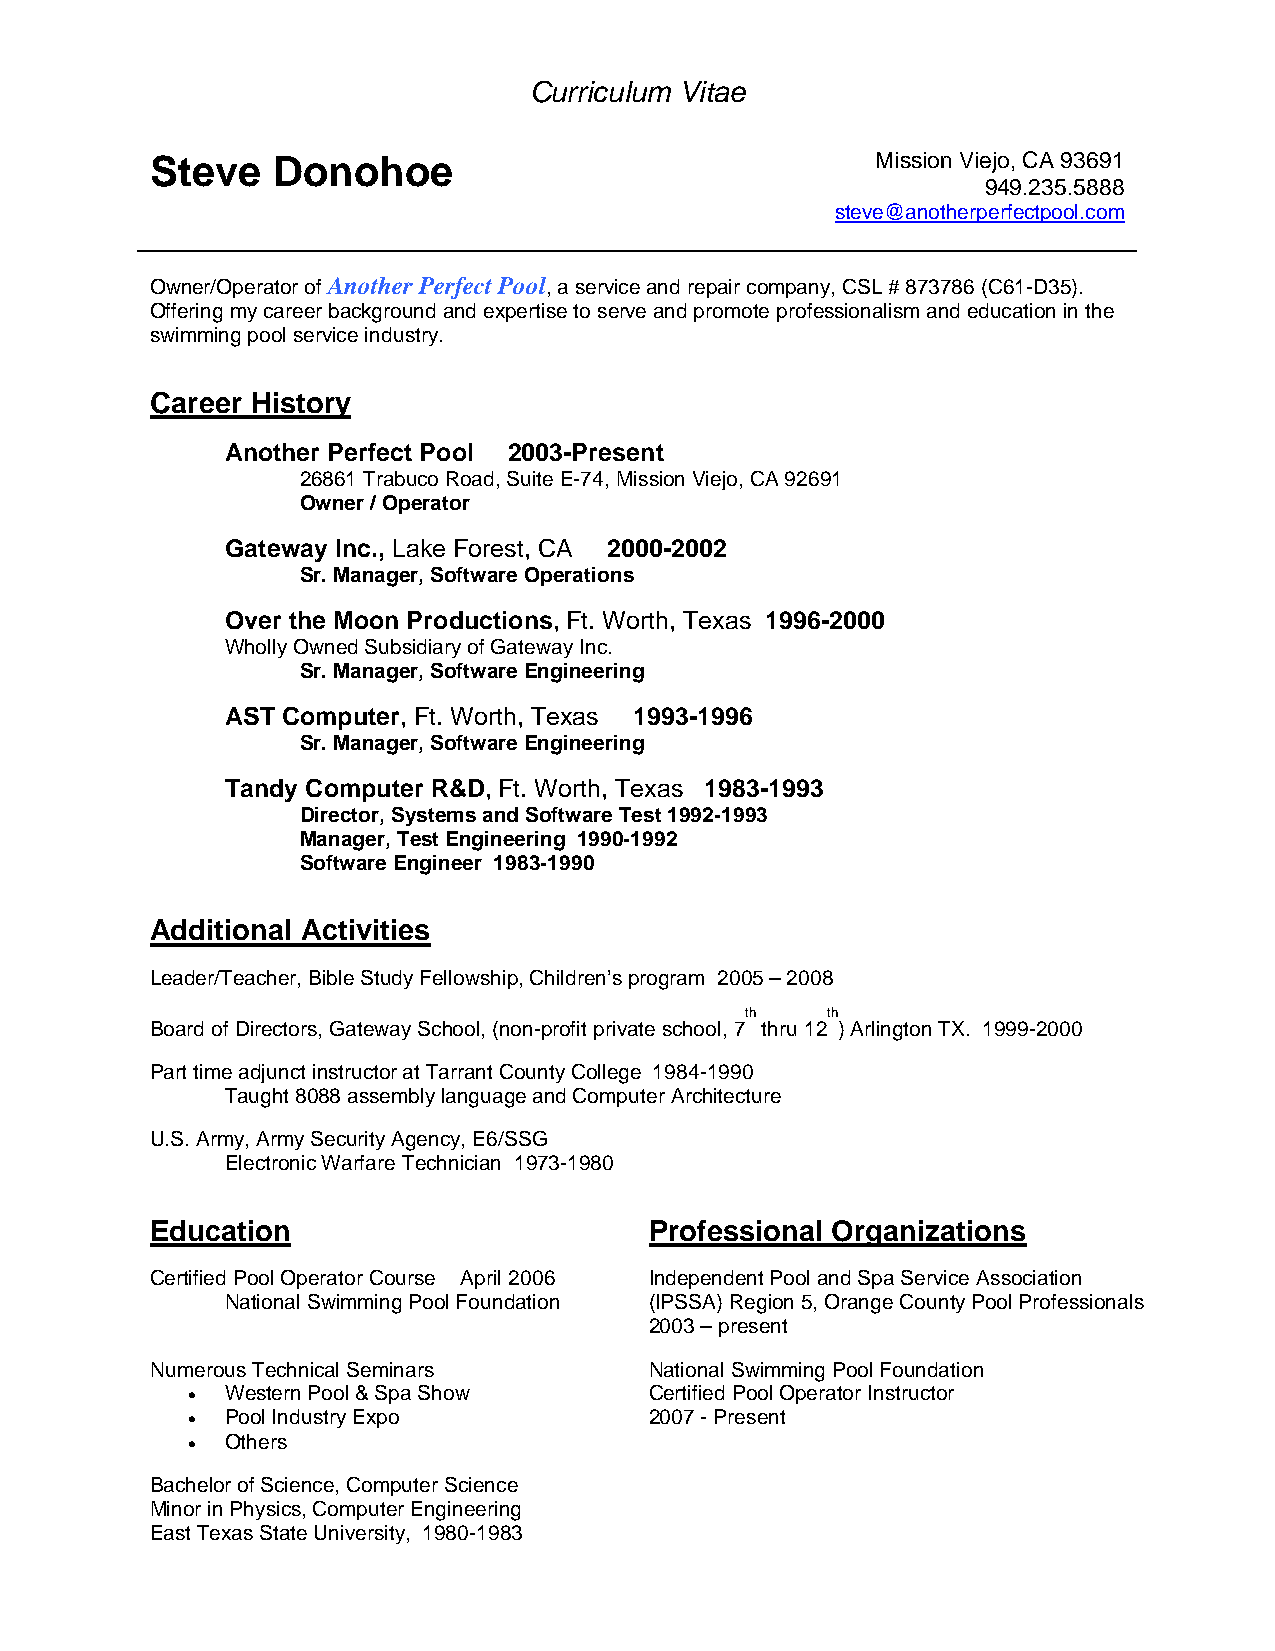
Curriculum Vitae
 Steve   Donohoe                                 Mission Viejo, CA 93691
 949.235.5888
 steve@anotherperfectpool.com
 Owner/Operator of Another Perfect Pool, a service and repair company, CSL # 873786 (C61-D35).
 Offering my career background and expertise to serve and promote professionalism and education in the
 swimming pool service industry.
 Career History
 Another Perfect Pool 2003-Present
 26861 Trabuco Road, Suite E-74, Mission Viejo, CA 92691
 Owner / Operator
 Gateway Inc., Lake Forest, CA 2000-2002
 Sr. Manager, Software Operations
 Over the Moon Productions, Ft. Worth, Texas 1996-2000
 Wholly Owned Subsidiary of Gateway Inc.
 Sr. Manager, Software Engineering
 AST Computer, Ft. Worth, Texas 1993-1996
 Sr. Manager, Software Engineering
 Tandy Computer R&D, Ft. Worth, Texas 1983-1993
 Director, Systems and Software Test 1992-1993
 Manager, Test Engineering 1990-1992
 Software Engineer 1983-1990
 Additional Activities
 Leader/Teacher, Bible Study Fellowship, Children’s program 2005 – 2008
 th    th
 Board of Directors, Gateway School, (non-profit private school, 7 thru 12 ) Arlington TX. 1999-2000
 Part time adjunct instructor at Tarrant County College 1984-1990
 Taught 8088 assembly language and Computer Architecture
 U.S. Army, Army Security Agency, E6/SSG
 Electronic Warfare Technician 1973-1980
 Education                        Professional Organizations
 Certified Pool Operator Course April 2006 Independent Pool and Spa Service Association
 National Swimming Pool Foundation (IPSSA) Region 5, Orange County Pool Professionals
 2003 – present
 Numerous Technical Seminars      National Swimming Pool Foundation
 •  Western Pool & Spa Show     Certified Pool Operator Instructor
 •  Pool Industry Expo          2007 - Present
 •  Others
 Bachelor of Science, Computer Science
 Minor in Physics, Computer Engineering
 East Texas State University, 1980-1983